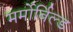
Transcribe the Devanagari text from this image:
मर्मोर्बिल्ड